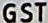
GST